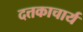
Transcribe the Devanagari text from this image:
दत्तकाचार्य